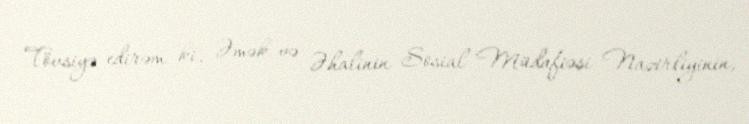
Tövsiyə edirəm ki, Əmək və Əhalinin Sosial Müdafiəsi Nazirliyinin,